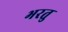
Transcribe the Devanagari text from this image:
भरतु